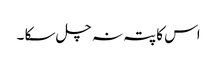
اس کا پتہ نہ چل سکا ۔